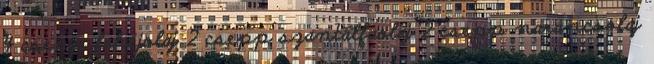
4 csepp fahéjolaj 2 csepp szantálfaolaj 2 csepp narancsolaj